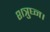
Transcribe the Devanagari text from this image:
शत्रुघ्न।